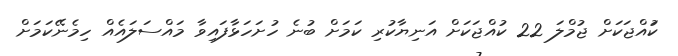
ކުައްޖަކަށް ޖުމްލަ 22 ކުއްޖަކަށް އަނިޔާކުރި ކަމަށް ބުނެ ހުށަހަޅާފައިވާ މައްސަލައެއް ހިމެނޭކަމަށް